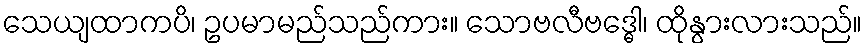
သေယျထာကပိ၊ ဥပမာမည်သည်ကား။ သောဗလီဗဒ္ဓေါ၊ ထိုနွားလားသည်။